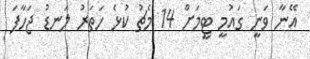
އޭނާ ވަނީ ގައުމީ ޓީމަށް 14 މެޗު ކުޅެ ހަތަރު ލަނޑު ޖަހާފަ